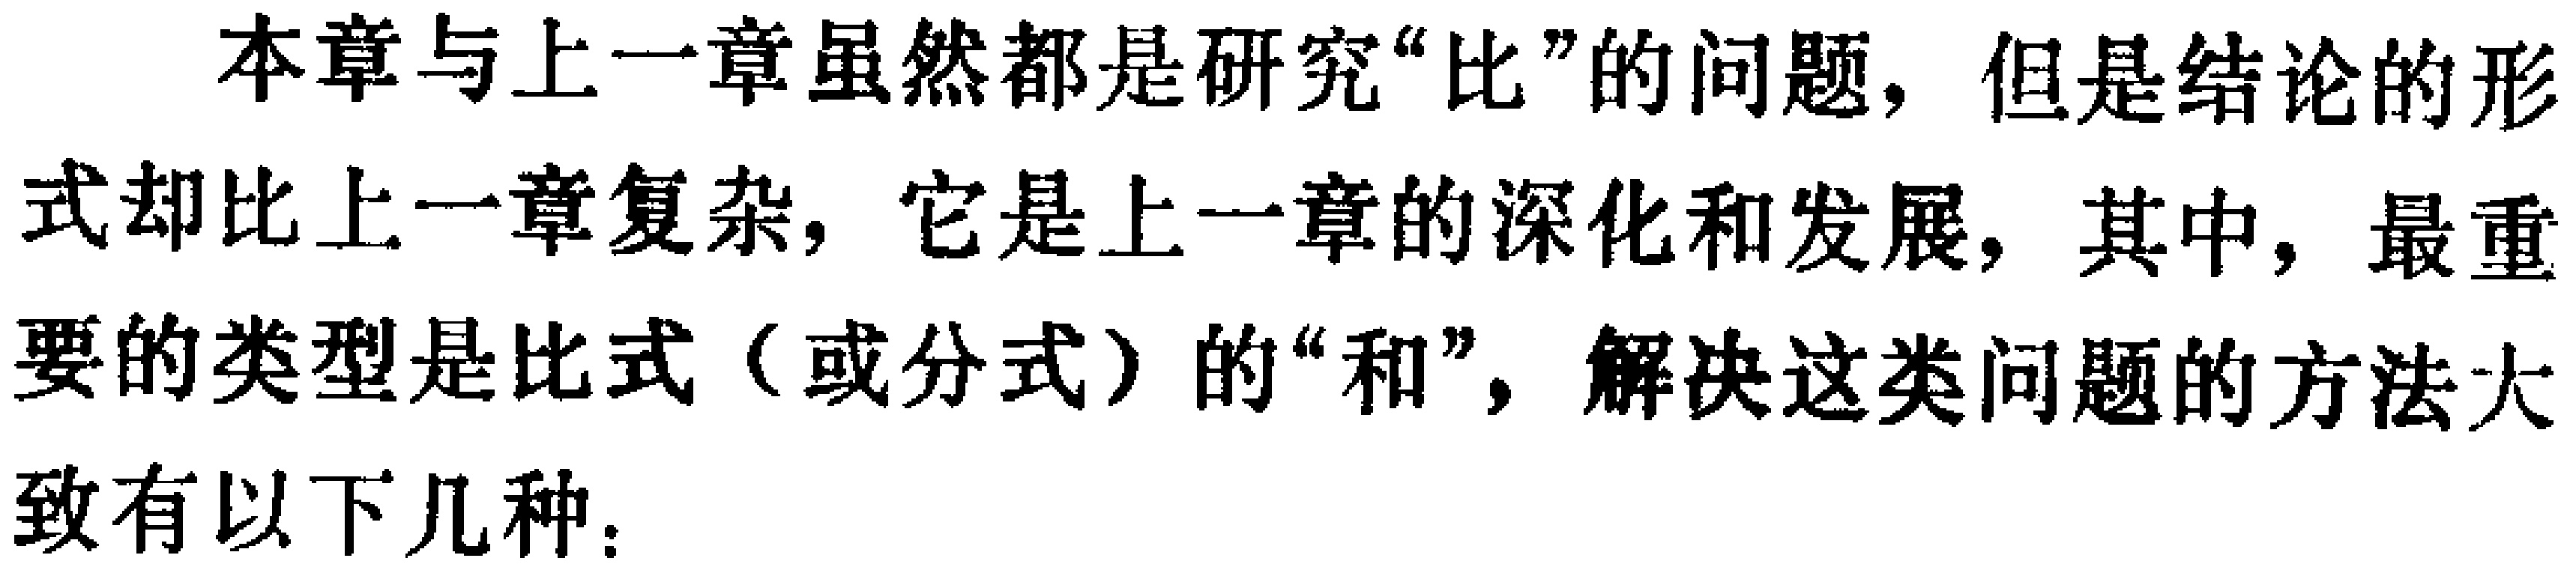
本章与上一章虽然都是研究“比”的问题，但是结论的形式却比上一章复杂，它是上一章的深化和发展，其中，最重要的类型是比式（或分式）的“和”，解决这类问题的方法大致有以下几种：